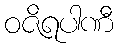
ဝဇိရပါဏီ